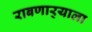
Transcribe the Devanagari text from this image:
राबणार्‍याला